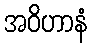
အဝိဟာနံ